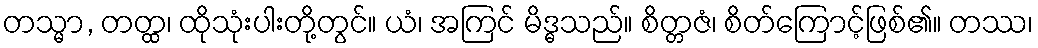
တသ္မာ, တတ္ထ၊ ထိုသုံးပါးတို့တွင်။ ယံ၊ အကြင် မိဒ္ဓသည်။ စိတ္တဇံ၊ စိတ်ကြောင့်ဖြစ်၏။ တဿ၊